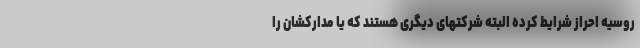
روسیه احراز شرایط کرده البته شرکتهای دیگری هستند که یا مدارکشان را